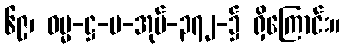
၆၉၊ ဓမ္မ-ဋ္ဌ-ပ-အုပ်-၃၇၂-၌ ရှိကြောင်း။